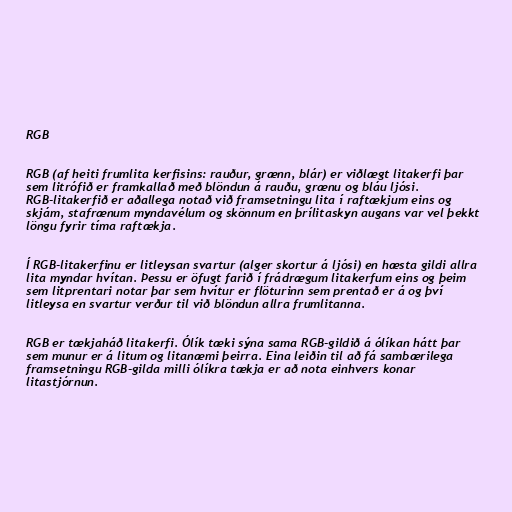
RGB

RGB (af heiti frumlita kerfisins: rauður, grænn, blár) er viðlægt litakerfi þar
sem litrófið er framkallað með blöndun á rauðu, grænu og bláu ljósi.
RGB-litakerfið er aðallega notað við framsetningu lita í raftækjum eins og
skjám, stafrænum myndavélum og skönnum en þrílitaskyn augans var vel þekkt
löngu fyrir tíma raftækja.

Í RGB-litakerfinu er litleysan svartur (alger skortur á ljósi) en hæsta gildi allra
lita myndar hvítan. Þessu er öfugt farið í frádrægum litakerfum eins og þeim
sem litprentari notar þar sem hvítur er flöturinn sem prentað er á og því
litleysa en svartur verður til við blöndun allra frumlitanna.

RGB er tækjaháð litakerfi. Ólík tæki sýna sama RGB-gildið á ólíkan hátt þar
sem munur er á litum og litanæmi þeirra. Eina leiðin til að fá sambærilega
framsetningu RGB-gilda milli ólíkra tækja er að nota einhvers konar
litastjórnun.